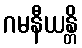
ဂမနီယန္တိ